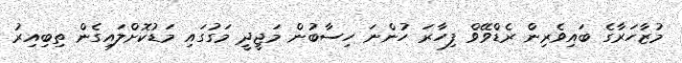
މުޒާހަރާގެ ބައިވެރިން ރެޑްވޭވް ފިހާރަ ހުންނަ ހިސާބުން މަޖީދީ މަގުގައި މަޑުކޮށްލައިގެން ތިބިއިރު